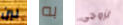
لبن به لزوجي